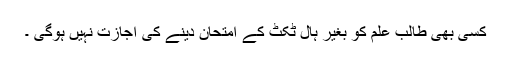
کسی بھی طالب علم کو بغیر ہال ٹکٹ کے امتحان دینے کی اجازت نہیں ہوگی ۔